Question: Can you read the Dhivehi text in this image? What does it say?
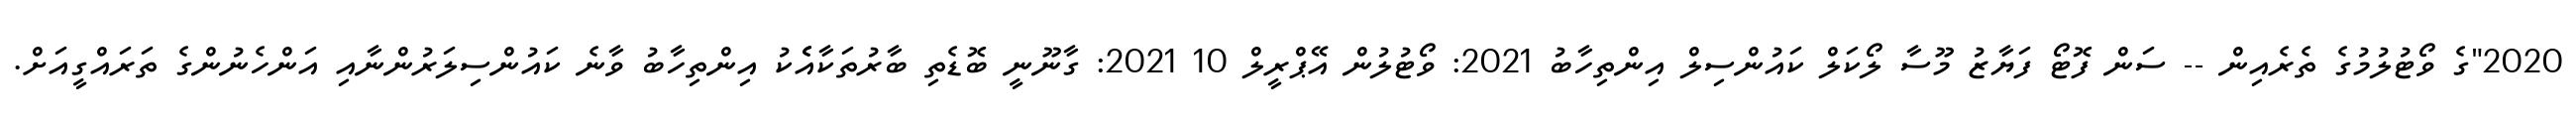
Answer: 2020"ގެ ވޯޓުލުމުގެ ތެރެއިން -- ސަން ފޮޓޯ ފަޔާޒު މޫސާ ލޯކަލް ކައުންސިލް އިންތިހާބު 2021: ވޯޓުލުން އޭޕްރީލް 10 2021: ގާނޫނީ ބޮޑެތި ބާރުތަކާއެެކު އިންތިހާބު ވާނެ ކައުންސިލަރުންނާއި އަންހެނުންގެ ތަރައްގީއަށް.